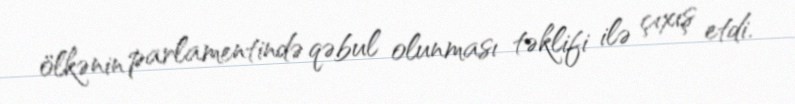
ölkənin parlamentində qəbul olunması təklifi ilə çıxış etdi.